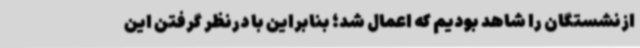
ازنشستگان را شاهد بودیم که اعمال شد؛ بنابراین با درنظر گرفتن این